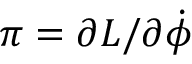
\pi = \partial { \cal L } / \partial \dot { \phi }